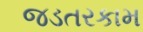
જડતરકામ